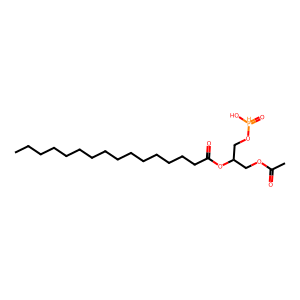
SMILES: CCCCCCCCCCCCCCCC(=O)OC(COC(C)=O)CO[PH](=O)O
Inhibits HIV replication: No